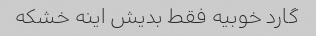
گارد خوبیه فقط بدیش اینه خشکه